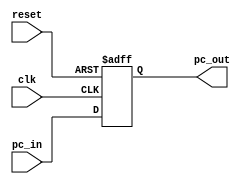
`timescale 1ns / 1ps
//////////////////////////////////////////////////////////////////////////////////
// Aryan Mehrotra
// 
// Module Name: PC
// Description: Program Counter D Flip-Flop
// Project Name: Final Project
//////////////////////////////////////////////////////////////////////////////////


module PC(clk, reset, pc_in, pc_out);
    input [63:0] pc_in;
    input clk, reset;
    output reg [63:0] pc_out;
    
    always@(posedge clk or posedge reset) begin
        if (reset) begin
            pc_out <= 64'h0000000000000000;
        end
        else if (clk) begin
            pc_out <= pc_in;
        end
    end 
endmodule